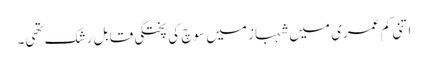
اتنی کم عمری میں شہباز میں سوچ کی پختگی قابلِ رشک تھی۔